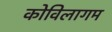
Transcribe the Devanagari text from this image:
कोविलागम